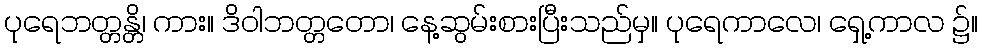
ပုရေဘတ္တန္တိ၊ ကား။ ဒိဝါဘတ္တတော၊ နေ့ဆွမ်းစားပြီးသည်မှ။ ပုရေကာလေ၊ ရှေ့ကာလ ၌။